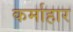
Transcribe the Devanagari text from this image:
कर्माहार